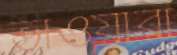
ভাওয়ারা